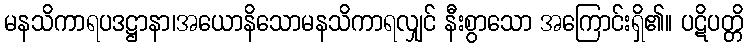
မနသိကာရပဒဋ္ဌာနာ၊အယောနိသောမနသိကာရလျှင် နီးစွာသော အကြောင်းရှိ၏။ ပဋိပတ္တိ